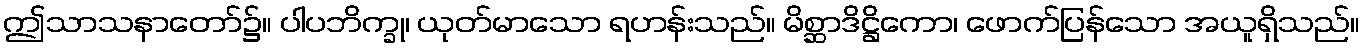
ဤသာသနာတော်၌။ ပါပဘိက္ခု၊ ယုတ်မာသော ရဟန်းသည်။ မိစ္ဆာဒိဋ္ဌိကော၊ ဖောက်ပြန်သော အယူရှိသည်။